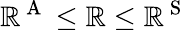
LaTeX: \mathbb{R}^{\mathrm{{~A~}}}\leq\mathbb{R}\leq\mathbb{R}^{\mathrm{{~S~}}}